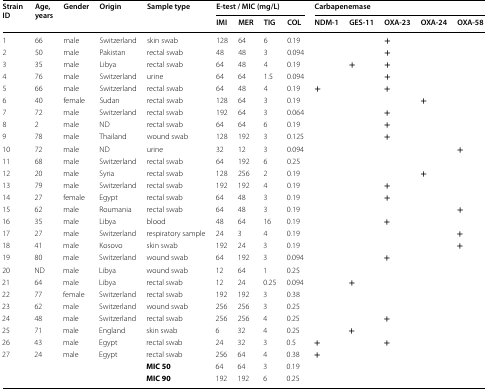
<table><thead><tr><td rowspan="2"><b>Strain ID</b></td><td rowspan="2"><b>Age, years</b></td><td rowspan="2"><b>Gender</b></td><td rowspan="2"><b>Origin</b></td><td rowspan="2"><b>Sample type</b></td><td colspan="4"><b>E-test / MIC (mg/L)</b></td><td colspan="5"><b>Carbapenemase</b></td></tr><tr><td><b>IMI</b></td><td><b>MER</b></td><td><b>TIG</b></td><td><b>COL</b></td><td><b>NDM-1</b></td><td><b>GES-11</b></td><td><b>OXA-23</b></td><td><b>OXA-24</b></td><td><b>OXA-58</b></td></tr></thead><tbody><tr><td>1</td><td>66</td><td>male</td><td>Switzerland</td><td>skin swab</td><td>128</td><td>64</td><td>6</td><td>0.19</td><td></td><td></td><td><b>+</b></td><td></td><td></td></tr><tr><td>2</td><td>50</td><td>male</td><td>Pakistan</td><td>rectal swab</td><td>48</td><td>48</td><td>3</td><td>0.094</td><td></td><td></td><td><b>+</b></td><td></td><td></td></tr><tr><td>3</td><td>35</td><td>male</td><td>Libya</td><td>rectal swab</td><td>64</td><td>48</td><td>4</td><td>0.19</td><td></td><td><b>+</b></td><td><b>+</b></td><td></td><td></td></tr><tr><td>4</td><td>76</td><td>male</td><td>Switzerland</td><td>urine</td><td>64</td><td>64</td><td>1.5</td><td>0.094</td><td></td><td></td><td><b>+</b></td><td></td><td></td></tr><tr><td>5</td><td>66</td><td>male</td><td>Switzerland</td><td>rectal swab</td><td>64</td><td>48</td><td>4</td><td>0.19</td><td><b>+</b></td><td></td><td><b>+</b></td><td></td><td></td></tr><tr><td>6</td><td>40</td><td>female</td><td>Sudan</td><td>rectal swab</td><td>128</td><td>64</td><td>3</td><td>0.19</td><td></td><td></td><td></td><td><b>+</b></td><td></td></tr><tr><td>7</td><td>72</td><td>male</td><td>Switzerland</td><td>rectal swab</td><td>192</td><td>64</td><td>3</td><td>0.064</td><td></td><td></td><td><b>+</b></td><td></td><td></td></tr><tr><td>8</td><td>2</td><td>male</td><td>ND</td><td>rectal swab</td><td>64</td><td>64</td><td>6</td><td>0.19</td><td></td><td></td><td><b>+</b></td><td></td><td></td></tr><tr><td>9</td><td>78</td><td>male</td><td>Thailand</td><td>wound swab</td><td>128</td><td>192</td><td>3</td><td>0.125</td><td></td><td></td><td><b>+</b></td><td></td><td></td></tr><tr><td>10</td><td>72</td><td>male</td><td>ND</td><td>urine</td><td>32</td><td>12</td><td>3</td><td>0.094</td><td></td><td></td><td></td><td></td><td><b>+</b></td></tr><tr><td>11</td><td>68</td><td>male</td><td>Switzerland</td><td>rectal swab</td><td>64</td><td>192</td><td>6</td><td>0.25</td><td></td><td></td><td></td><td></td><td></td></tr><tr><td>12</td><td>20</td><td>male</td><td>Syria</td><td>rectal swab</td><td>128</td><td>256</td><td>2</td><td>0.19</td><td></td><td></td><td></td><td><b>+</b></td><td></td></tr><tr><td>13</td><td>79</td><td>male</td><td>Switzerland</td><td>rectal swab</td><td>192</td><td>192</td><td>4</td><td>0.19</td><td></td><td></td><td><b>+</b></td><td></td><td></td></tr><tr><td>14</td><td>27</td><td>female</td><td>Egypt</td><td>rectal swab</td><td>64</td><td>48</td><td>3</td><td>0.19</td><td></td><td></td><td><b>+</b></td><td></td><td></td></tr><tr><td>15</td><td>62</td><td>male</td><td>Roumania</td><td>rectal swab</td><td>64</td><td>48</td><td>3</td><td>0.19</td><td></td><td></td><td></td><td></td><td><b>+</b></td></tr><tr><td>16</td><td>35</td><td>male</td><td>Libya</td><td>blood</td><td>48</td><td>64</td><td>16</td><td>0.19</td><td></td><td></td><td><b>+</b></td><td></td><td></td></tr><tr><td>17</td><td>27</td><td>male</td><td>Switzerland</td><td>respiratory sample</td><td>24</td><td>3</td><td>4</td><td>0.19</td><td></td><td></td><td></td><td></td><td><b>+</b></td></tr><tr><td>18</td><td>41</td><td>male</td><td>Kosovo</td><td>skin swab</td><td>192</td><td>24</td><td>3</td><td>0.19</td><td></td><td></td><td></td><td></td><td><b>+</b></td></tr><tr><td>19</td><td>80</td><td>male</td><td>Switzerland</td><td>wound swab</td><td>64</td><td>192</td><td>3</td><td>0.094</td><td></td><td></td><td><b>+</b></td><td></td><td></td></tr><tr><td>20</td><td>ND</td><td>male</td><td>Libya</td><td>wound swab</td><td>12</td><td>64</td><td>1</td><td>0.25</td><td></td><td></td><td></td><td></td><td></td></tr><tr><td>21</td><td>64</td><td>male</td><td>Libya</td><td>rectal swab</td><td>12</td><td>24</td><td>0.25</td><td>0.094</td><td></td><td><b>+</b></td><td></td><td></td><td></td></tr><tr><td>22</td><td>77</td><td>female</td><td>Switzerland</td><td>rectal swab</td><td>192</td><td>192</td><td>3</td><td>0.38</td><td></td><td></td><td></td><td></td><td></td></tr><tr><td>23</td><td>62</td><td>male</td><td>Switzerland</td><td>wound swab</td><td>256</td><td>256</td><td>3</td><td>0.25</td><td></td><td></td><td></td><td></td><td></td></tr><tr><td>24</td><td>48</td><td>male</td><td>Switzerland</td><td>rectal swab</td><td>256</td><td>256</td><td>4</td><td>0.25</td><td></td><td></td><td><b>+</b></td><td></td><td></td></tr><tr><td>25</td><td>71</td><td>male</td><td>England</td><td>skin swab</td><td>6</td><td>32</td><td>4</td><td>0.25</td><td></td><td><b>+</b></td><td></td><td></td><td></td></tr><tr><td>26</td><td>43</td><td>male</td><td>Egypt</td><td>rectal swab</td><td>24</td><td>32</td><td>3</td><td>0.5</td><td><b>+</b></td><td></td><td><b>+</b></td><td></td><td></td></tr><tr><td>27</td><td>24</td><td>male</td><td>Egypt</td><td>rectal swab</td><td>256</td><td>64</td><td>4</td><td>0.38</td><td><b>+</b></td><td></td><td></td><td></td><td></td></tr><tr><td></td><td></td><td></td><td></td><td><b>MIC 50</b></td><td>64</td><td>64</td><td>3</td><td>0.19</td><td></td><td></td><td></td><td></td><td></td></tr><tr><td></td><td></td><td></td><td></td><td><b>MIC 90</b></td><td>192</td><td>192</td><td>6</td><td>0.25</td><td></td><td></td><td></td><td></td><td></td></tr></tbody></table>